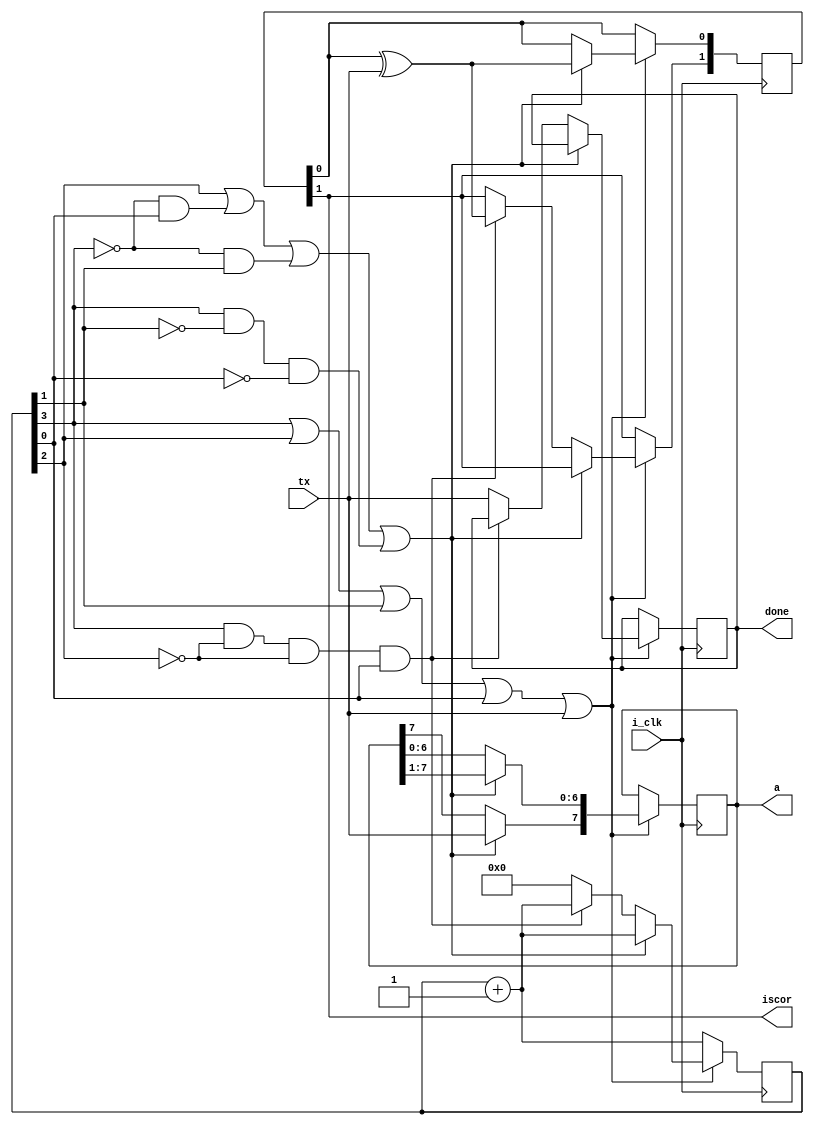
module uart_rx(
 input tx,i_clk,
 output [7:0]a,
 output iscor,done //Parity checker iscor=1 if no parity corruption, iscor=0 if parity is corrupted
);
 reg [3:0]p=4'b0;
 reg [7:0]t=8'b0;
 reg dn=1'b0;
 reg par=1'b0;
 reg [2:0]cor=2'b0;
 assign done=dn;
 assign a=t;
 assign iscor=cor[1];

 always @(negedge i_clk) begin
  if(~(p[3]|p[2]|p[1]|p[0]|tx)) begin
   p<=p+1;
  end
  else if(((p[2])|((~p[3])&(p[0]))|((~p[3])&(p[1]))|((p[3])&(~p[1])&(~p[0])))) begin
   t=t>>1;
   t[7]=tx;
   cor[0]=cor[0]^t[7];
   p=p+1;
  end
  else if(p[3]&(~p[2])&(~p[2])&p[0]) begin
   cor[1]<=cor[0]^tx;
   p<=p+1;
  end
  else begin
   dn<=tx;
   p<=0;
  end
 end
endmodule